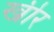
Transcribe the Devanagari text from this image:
खीर